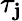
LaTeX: \tau_{\mathbf{j}}